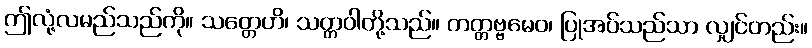
ဤလုံ့လမည်သည်ကို။ သတ္တေဟိ၊ သတ္တဝါတို့သည်။ ကတ္တဗ္ဗမေဝ၊ ပြုအပ်သည်သာ လျှင်တည်း။